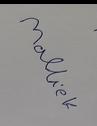
Signature authenticity: forged